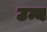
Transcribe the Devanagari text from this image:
उन्य